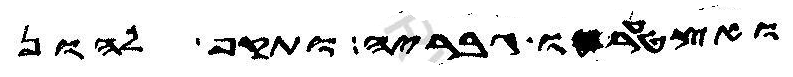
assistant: ואצטערו גבריה ותקף להון